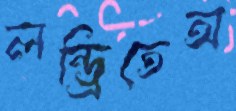
লন্ড্রিতেঅ